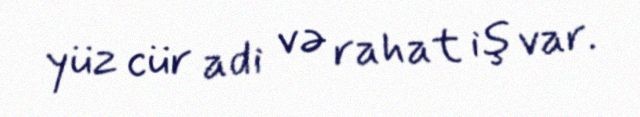
yüz cür adi və rahat iş var.